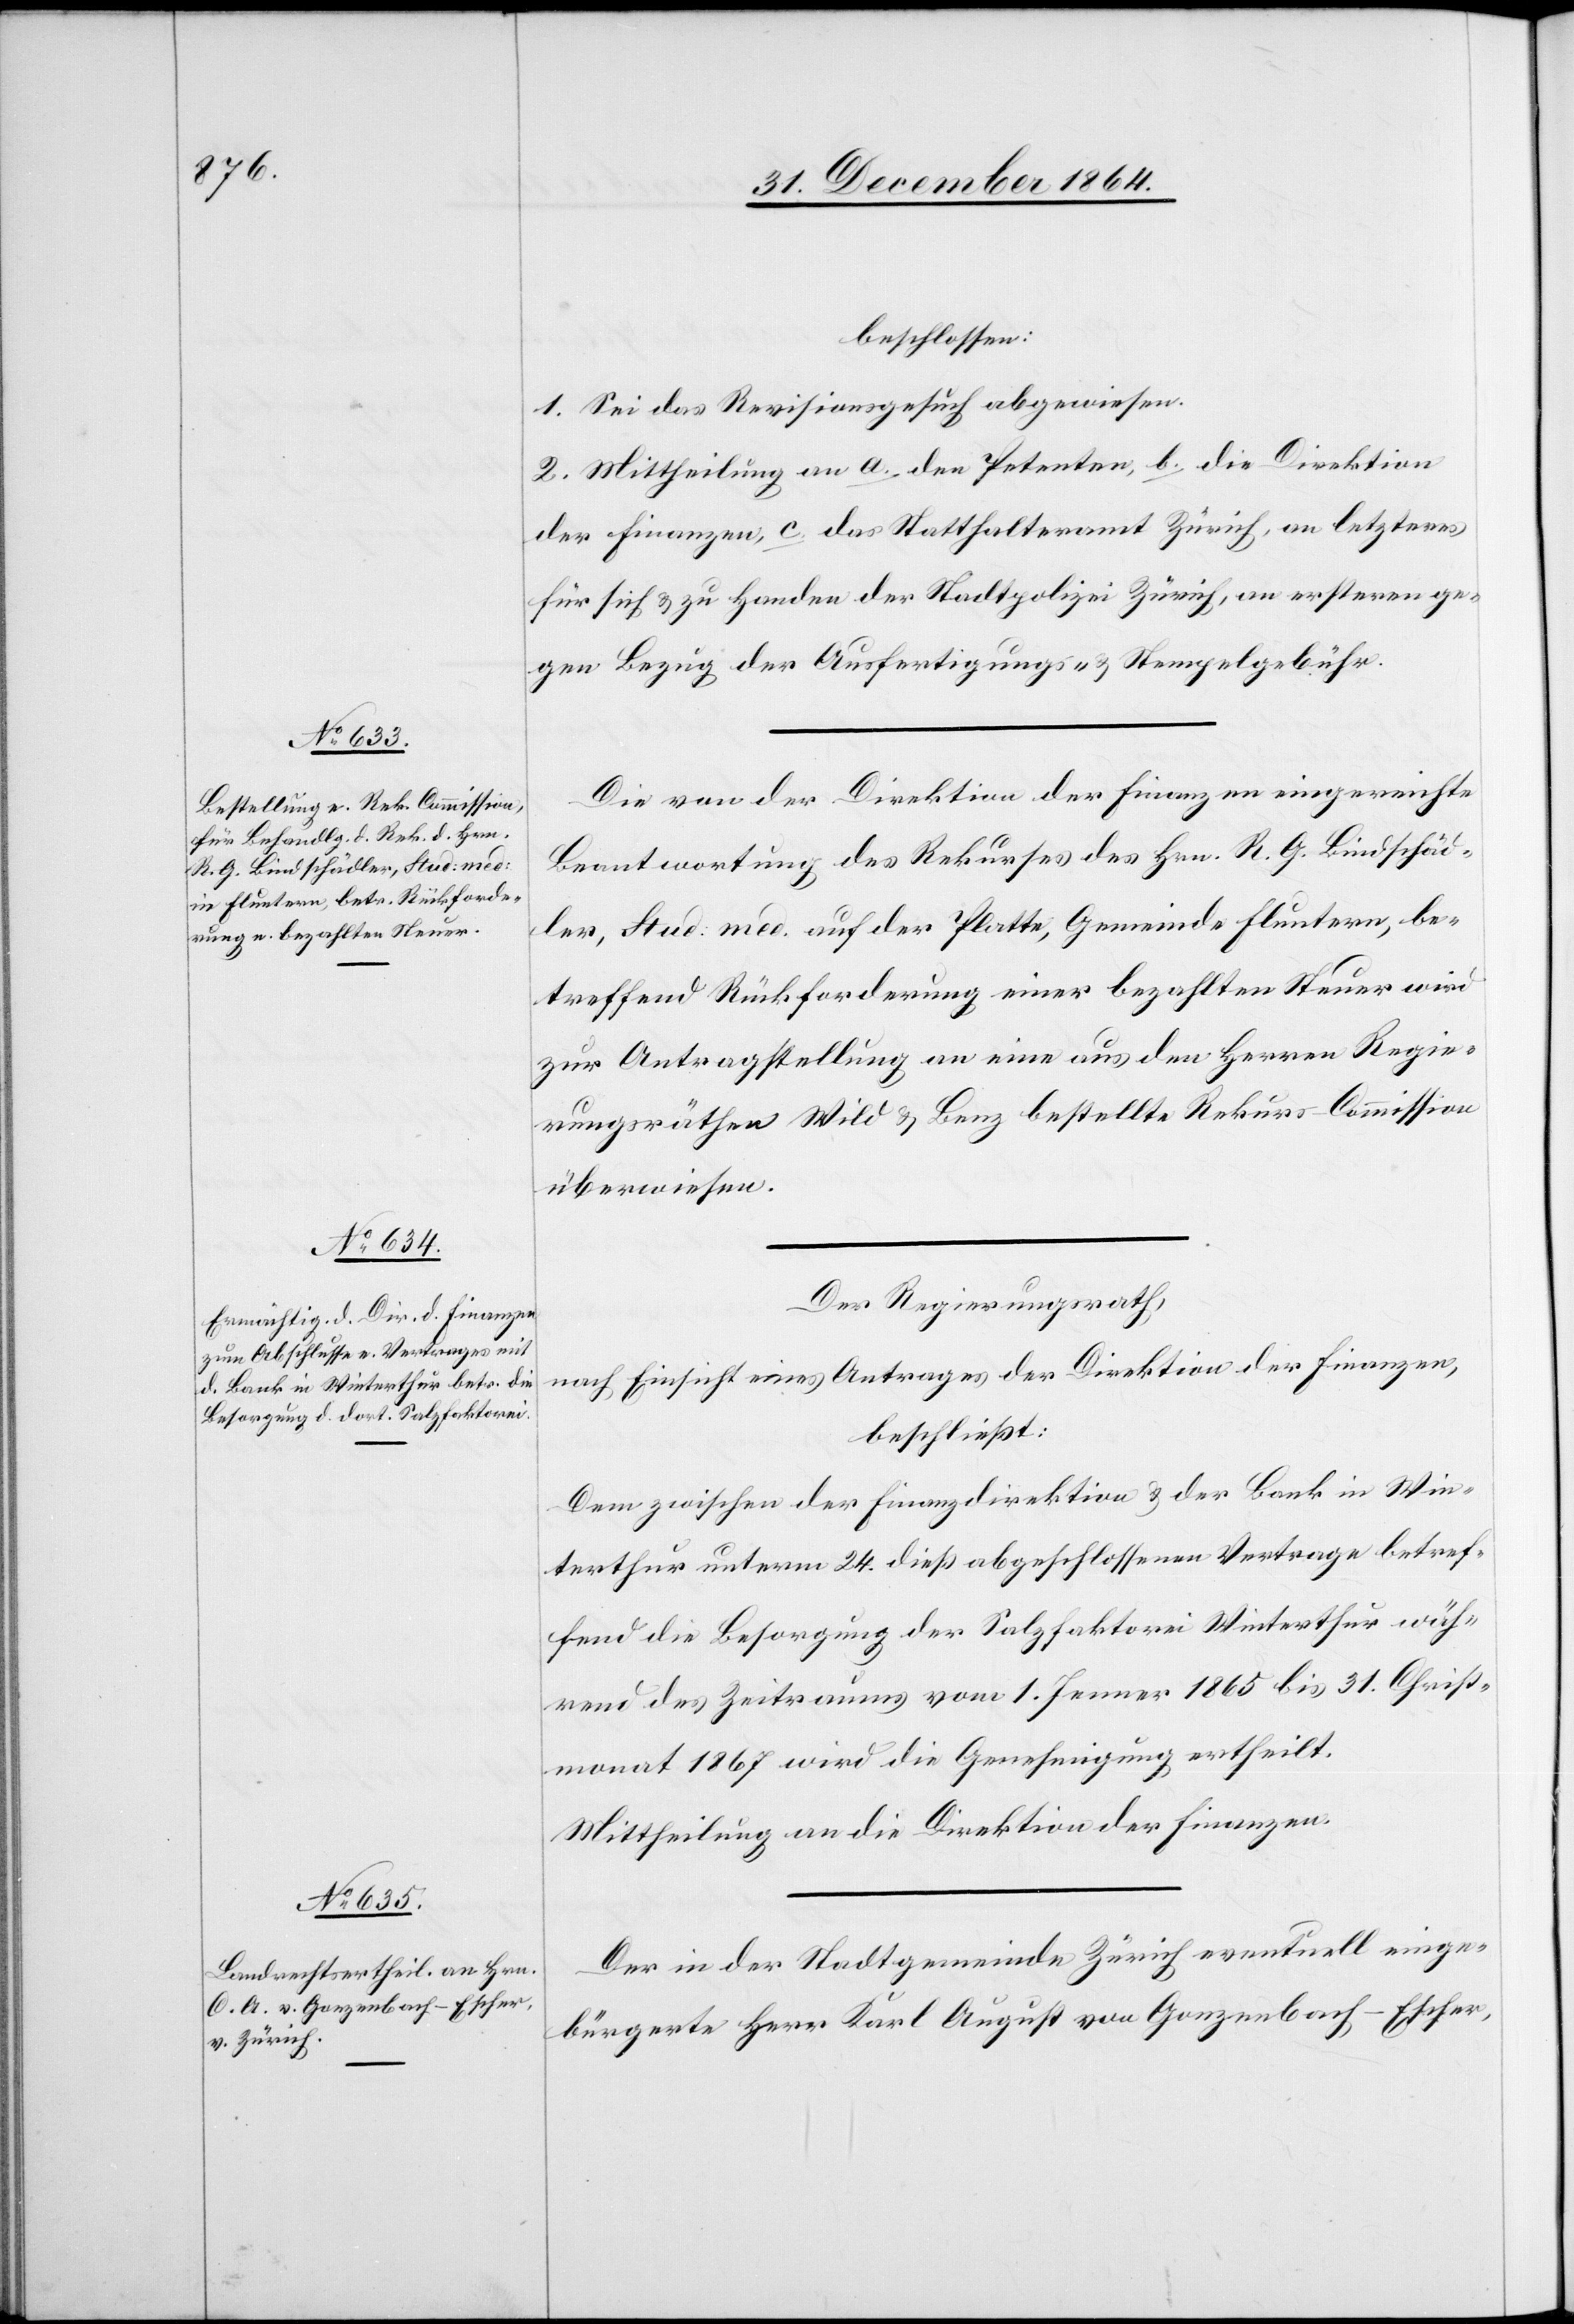
beschlossen:
1. Sie das Revisionsgesuch abgewiesen.
2. Mittheilung an a. den Petenten, b. die Direktion
der Finanzen, c. das Statthalteramt Zürich, an letzteres
für sich & zu Handen der Stadtpolizei Zürich, an ersteren ge¬
gen Bezug der Ausfertigungs- & Stempelgebühr.
Die von der Direktion der Finanzen eingereichte
Beantwortung des Rekurses des Hrn. R. G. Bindschäd¬
ler, Stud. med. auf der Platte, Gemeinde Fluntern, be¬
treffend Rückforderung einer bezahlten Steuer wird
zur Antragstellung an eine aus den Herren Regie¬
rungsräthen Wild & Benz bestellte Rekurs-Commission
überwiesen.
Der Regierungsrath,
nach Einsicht eines Antrages der Direktion der Finanzen,
beschließt:
Dem zwischen der Finanzdirektion & der Bank in Win¬
terthur unterm 24. dieß abgeschlossenen Vertrage betref¬
fend die Besorgung der Salzfaktorei Winterthur wäh¬
rend des Zeitraums vom 1. Jenner 1865 bis 31. Christ¬
monat 1867 wird die Genehmigung ertheilt.
Mittheilung an die Direktion der Finanzen.
Der in der Stadtgemeinde Zürich eventuell einge¬
bürgerte Herr Karl August von Gonzenbach-Escher